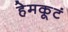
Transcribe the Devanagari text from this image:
हेमकूटं